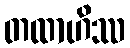
တထာဟိဿ